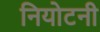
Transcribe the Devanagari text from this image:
नियोटनी